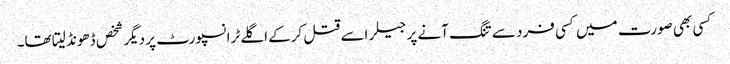
کسی بھی صورت میں کسی فرد سے تنگ آنے پر جیلر اسے قتل کرکے اگلے ٹرانسپورٹ پر دیگر شخص ڈھونڈ لیتا تھا۔